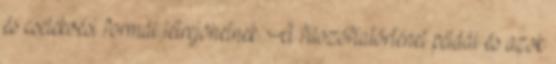
és cselekvési formái létrejöhetnek. A filozófiatörténet példái és azok